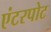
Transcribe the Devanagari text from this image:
एंटरपोट